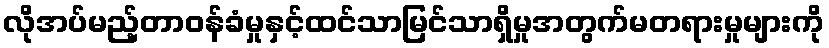
လိုအပ်မည့်တာဝန်ခံမှုနှင့်ထင်သာမြင်သာရှိမှုအတွက်မတရားမှုများကို